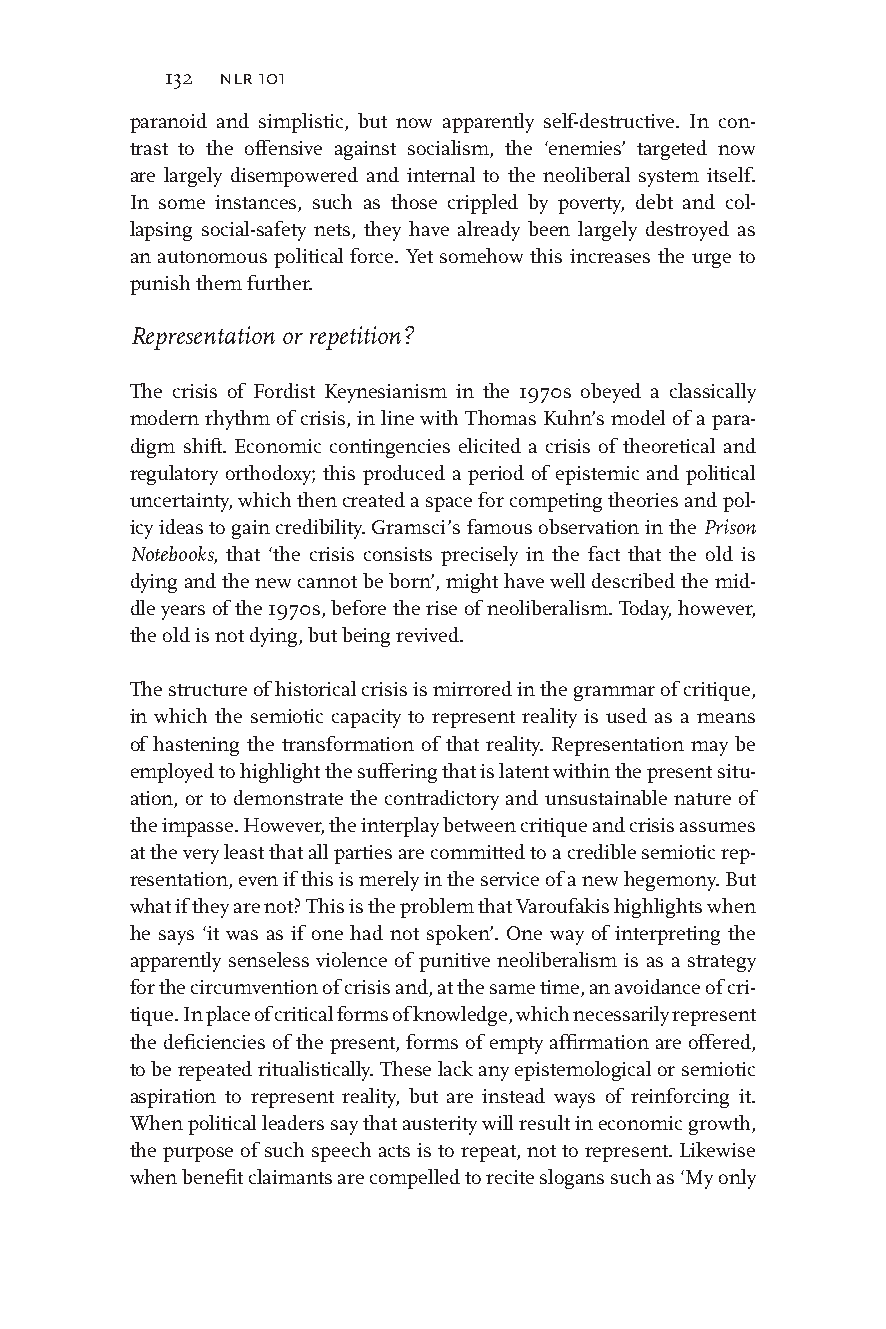
132 nlr 101
 paranoid and simplistic, but now apparently self-destructive. In con-
 trast to the offensive against socialism, the ‘enemies’ targeted now
 are largely disempowered and internal to the neoliberal system itself.
 In some instances, such as those crippled by poverty, debt and col-
 lapsing social-safety nets, they have already been largely destroyed as
 an autonomous political force. Yet somehow this increases the urge to
 punish them further.
 Representation or repetition?
 The crisis of Fordist Keynesianism in the 1970s obeyed a classically
 modern rhythm of crisis, in line with Thomas Kuhn’s model of a para-
 digm shift. Economic contingencies elicited a crisis of theoretical and
 regulatory orthodoxy; this produced a period of epistemic and political
 uncertainty, which then created a space for competing theories and pol-
 icy ideas to gain credibility. Gramsci’s famous observation in the Prison
 Notebooks, that ‘the crisis consists precisely in the fact that the old is
 dying and the new cannot be born’, might have well described the mid-
 dle years of the 1970s, before the rise of neoliberalism. Today, however,
 the old is not dying, but being revived.
 The structure of historical crisis is mirrored in the grammar of critique,
 in which the semiotic capacity to represent reality is used as a means
 of hastening the transformation of that reality. Representation may be
 employed to highlight the suffering that is latent within the present situ-
 ation, or to demonstrate the contradictory and unsustainable nature of
 the impasse. However, the interplay between critique and crisis assumes
 at the very least that all parties are committed to a credible semiotic rep-
 resentation, even if this is merely in the service of a new hegemony. But
 what if they are not? This is the problem that Varoufakis highlights when
 he says ‘it was as if one had not spoken’. One way of interpreting the
 apparently senseless violence of punitive neoliberalism is as a strategy
 for the circumvention of crisis and, at the same time, an avoidance of cri-
 tique. In place of critical forms of knowledge, which necessarily represent
 the deficiencies of the present, forms of empty affirmation are offered,
 to be repeated ritualistically. These lack any epistemological or semiotic
 aspiration to represent reality, but are instead ways of reinforcing it.
 When political leaders say that austerity will result in economic growth,
 the purpose of such speech acts is to repeat, not to represent. Likewise
 when benefit claimants are compelled to recite slogans such as ‘My only